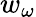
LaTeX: w_{\omega}